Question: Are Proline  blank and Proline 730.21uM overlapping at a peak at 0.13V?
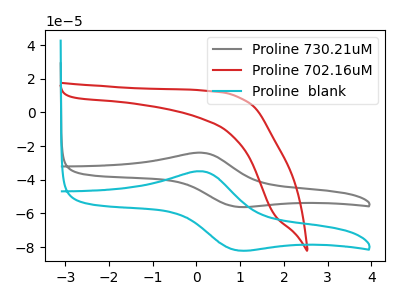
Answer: <think>The gray curve "Proline 730.21uM" has an anodic peak at (0.15V, -23.90uA) and a cathodic peak at (0.95V, -56.00uA). The red curve "Proline 702.16uM" has no peaks. The cyan curve "Proline  blank" has an anodic peak at (0.15V, -34.95uA) and a cathodic peak at (0.95V, -81.85uA).</think>
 <answer>Yes, "Proline  blank" and "Proline 730.21uM" share a peak at 0.13V.</answer>
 <eval>match</eval>